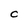
Character: C